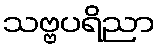
သဗ္ဗပရိညာ